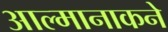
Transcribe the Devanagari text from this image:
आल्मानाकने